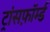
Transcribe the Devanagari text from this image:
ट्रांसफ़ॉर्म्ड